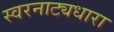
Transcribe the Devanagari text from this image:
स्वरनाट्यधारा